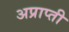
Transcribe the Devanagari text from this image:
अप्राप्ती